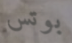
بوتس